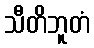
သီတိဘူတံ